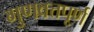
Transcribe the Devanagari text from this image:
गुणवत्तपूर्ण